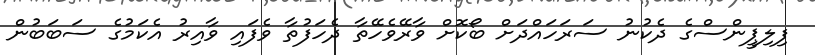
ފިލިޕީންސްގެ ދެކުނު ސަރަހައްދަށް ބޯކޮށް ވާރޭވެހޭތާ ދެހަފުތާ ވެފައި ވާއިރު އެކަމުގެ ސަބަބުން